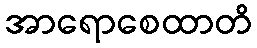
အာရောစေထာတိ